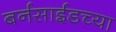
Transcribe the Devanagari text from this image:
बर्नसाईडच्या